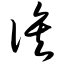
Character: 诶